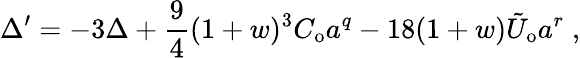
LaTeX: {\Delta}^{\prime}=-3\Delta+\frac{9}{4}(1+w)^{3}C_{\mathrm{o}}a^{q}-18(1+w)\tilde{U}_{\mathrm{o}}a^{r}\; ,